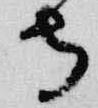
寺